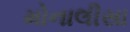
મોનાલીસા